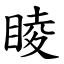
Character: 睖